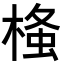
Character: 𭫂